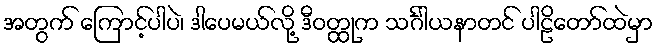
အတွက် ကြောင့်ပါပဲ၊ ဒါပေမယ်လို့ ဒီဝတ္ထုက သင်္ဂါယနာတင် ပါဠိတော်ထဲမှာ